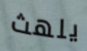
يلهث